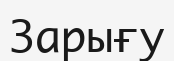
Зарығу